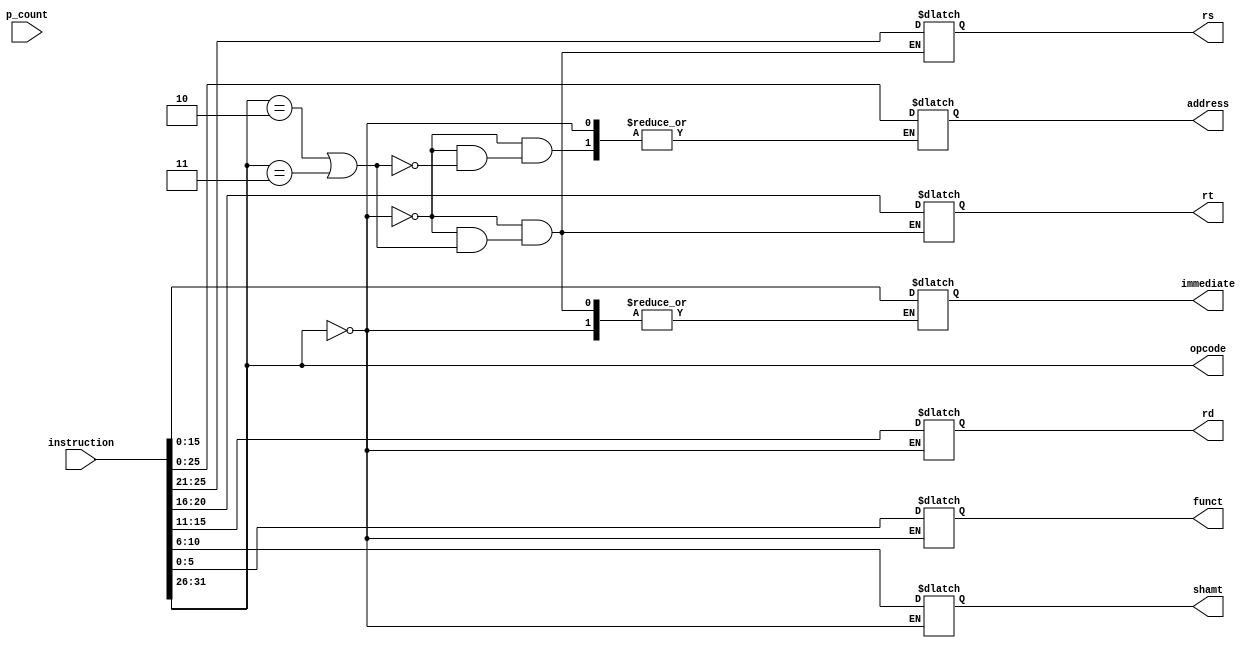
`timescale 1ns/1ns
/* Module designed to read the instruction and assign the various
   components of the instruction to suitable variables depending on the format
*/
module ins_parser(
    output wire [5:0] opcode,
    output reg [4:0] rs, rt, rd, shamt, 
    output reg [5:0] funct,
    output reg[15:0] immediate,
    output reg [25:0] address,
    input [31:0] instruction, p_count
);

    assign opcode = instruction[31:26];
	
    always @(instruction) begin
        if(opcode == 6'h0) 
        begin        //R-type 
            shamt = instruction[10:6];
            rd = instruction[15:11];
            rt = instruction[20:16];
            rs = instruction[25:21];
            funct = instruction[5:0];
        end
        else if(opcode == 6'h2 | opcode == 6'h3) 
        begin   // J-type
            address = instruction[25:0];
        end
        else 
        begin                               // I-type
            rt = instruction[20:16];
            rs = instruction[25:21];
            immediate = instruction[15:0];
        end
    end
	
endmodule

module ins_parsertb();
    wire [5:0] opcode;
    wire [4:0] rs, rt, rd, shamt; 
    wire [5:0] funct;
    wire [15:0] immediate;
    wire [25:0] address;
    reg [31:0] instruction, p_count;  //check the data type

    ins_parser instructionParser(
        .opcode(opcode),
        .rs(rs),
        .rt(rt),
        .rd(rd),
        .shamt(shamt),
        .funct(funct),
        .immediate(immediate),
        .address(address),
        .instruction(instruction),
        .p_count(p_count)
    );

    initial
    begin

        //sub $2, $8, $3 - R type instruction
        instruction = 32'b00000001000000110001000000100010;
        #10;

        //addi $6, $1, #10 - I type instruction
        instruction = 32'b00100000001001100000000000001010; 
        #10;

        //J 257 - J type instruction
        instruction = 32'b00001000000000000000000100000001;
        #10;

        //add $t0, $s1, $s2 - R type instruction
        instruction = 32'b00000010001100100100000000100000;
        #10;

        //jal 563 - J type instruction
        instruction = 32'b00001100000000000000001000110011;
        #10;

        //ori $8, $0, 0x0fa5 - I type instruction
        instruction = 32'b00110100000010000000111110100101;
        #10;

        //beq $4, $5, 7 - I type instruction
        instruction = 32'b00010000100001010000000000000111;
        #10;

        //lw $26, 3($30) - I type instruction
        instruction = 32'b10001111110110100000000000000011;
        #10;

        //sw $2,3($5) - I type instruction
        instruction = 32'b10101100101000100000000000000011;
        #10;
    end

    initial begin
        $dumpfile("Ins_parsetb.vcd");
        $dumpvars(0,ins_parsertb);
    end
endmodule